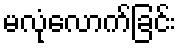
မလုံလောက်ခြင်း